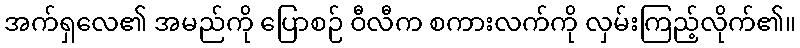
အက်ရှလေ၏ အမည်ကို ပြောစဉ် ဝီလီက စကားလက်ကို လှမ်းကြည့်လိုက်၏။